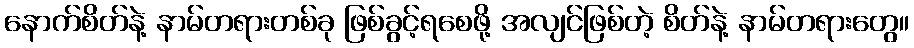
နောက်စိတ်နဲ့ နာမ်တရားတစ်ခု ဖြစ်ခွင့်ရစေဖို့ အလျင်ဖြစ်တဲ့ စိတ်နဲ့ နာမ်တရားတွေ။